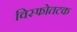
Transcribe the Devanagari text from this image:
विस्फोतटक